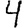
Digit: 4